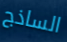
الساذج